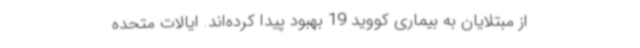
از مبتلایان به بیماری کووید 19 بهبود پیدا کرده‌اند. ایالات متحده